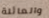
والعائلة